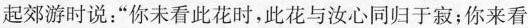
起郊游时说：”你未看此花时，此花与汝心同归于寂；你来看